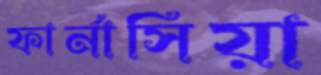
ফার্নাসিয়া